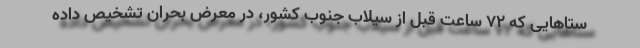
ستا‌هایی که ۷۲ ساعت قبل از سیلاب جنوب کشور، در معرض بحران تشخیص داده